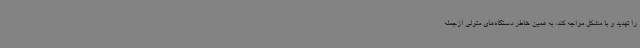
را تهدید و با مشکل مواجه کند، به همین خاطر دستگاه‌های متولی ازجمله